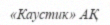
«Каустик» АҚ